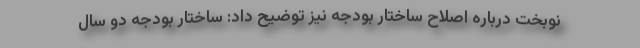
نوبخت درباره اصلاح ساختار بودجه نیز توضیح داد: ساختار بودجه دو سال